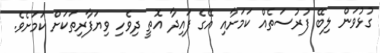
ގުޅުވަން ލިބޭ ފުރުސަތެއް ކަމަށާއި އޭގެ ފައިދާ އޮތީ ދިވެހި ވިޔަފާރިތަކަށް ކަމަށެވެ.